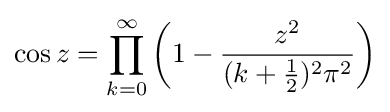
\cos z=\prod _{k=0}^{\infty }\left(1-{\frac {z^{2}}{(k+{\frac {1}{2}})^{2}\pi ^{2}}}\right)